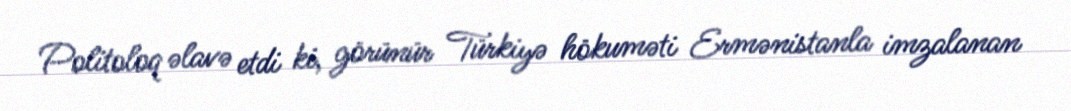
Politoloq əlavə etdi ki, görünür Türkiyə hökuməti Ermənistanla imzalanan